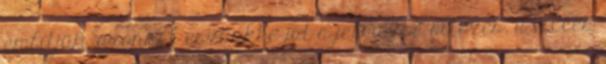
említjük, azonnal eszünkbe jut a jelmezbe öltözés, a vicces